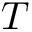
T